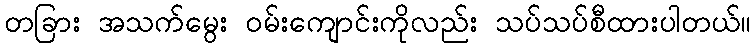
တခြား အသက်မွေး ဝမ်းကျောင်းကိုလည်း သပ်သပ်စီထားပါတယ်။